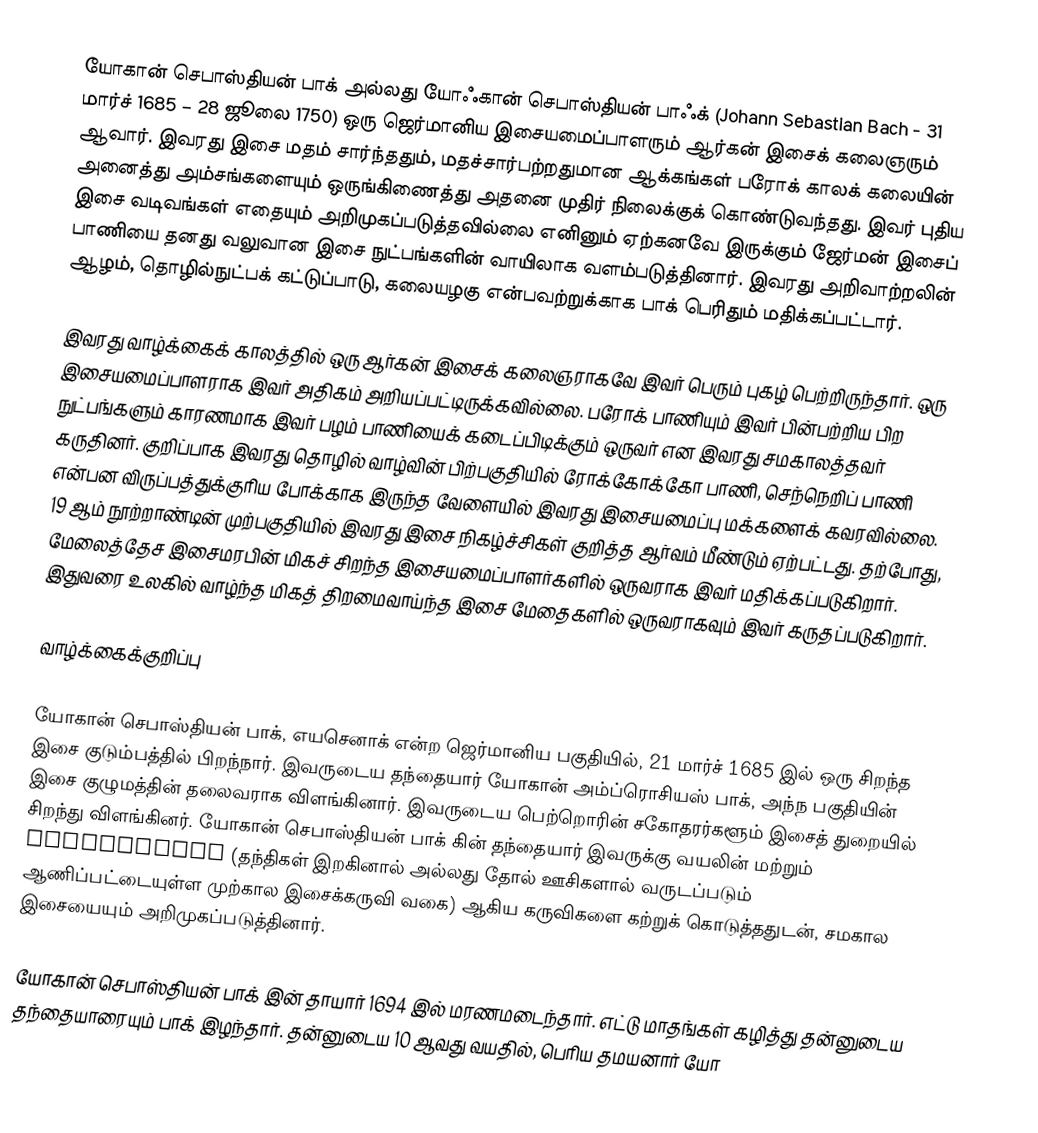
யோகான் செபாஸ்தியன் பாக் அல்லது யோஃகான் செபாஸ்தியன் பாஃக் (Johann Sebastian Bach - 31 மார்ச் 1685  – 28 ஜூலை 1750) ஒரு ஜெர்மானிய இசையமைப்பாளரும் ஆர்கன் இசைக் கலைஞரும் ஆவார். இவரது இசை மதம் சார்ந்ததும், மதச்சார்பற்றதுமான ஆக்கங்கள் பரோக் காலக் கலையின் அனைத்து அம்சங்களையும் ஒருங்கிணைத்து அதனை முதிர் நிலைக்குக் கொண்டுவந்தது. இவர் புதிய இசை வடிவங்கள் எதையும் அறிமுகப்படுத்தவில்லை எனினும் ஏற்கனவே இருக்கும் ஜேர்மன் இசைப் பாணியை தனது வலுவான இசை நுட்பங்களின் வாயிலாக வளம்படுத்தினார். இவரது அறிவாற்றலின் ஆழம், தொழில்நுட்பக் கட்டுப்பாடு, கலையழகு என்பவற்றுக்காக பாக் பெரிதும் மதிக்கப்பட்டார்.

இவரது வாழ்க்கைக் காலத்தில் ஒரு ஆர்கன் இசைக் கலைஞராகவே இவர் பெரும் புகழ் பெற்றிருந்தார். ஒரு இசையமைப்பாளராக இவர் அதிகம் அறியப்பட்டிருக்கவில்லை. பரோக் பாணியும் இவர் பின்பற்றிய பிற நுட்பங்களும் காரணமாக இவர் பழம் பாணியைக் கடைப்பிடிக்கும் ஒருவர் என இவரது சமகாலத்தவர் கருதினர். குறிப்பாக இவரது தொழில் வாழ்வின் பிற்பகுதியில் ரோக்கோக்கோ பாணி, செந்நெறிப் பாணி என்பன விருப்பத்துக்குரிய போக்காக இருந்த வேளையில் இவரது இசையமைப்பு மக்களைக் கவரவில்லை. 19 ஆம் நூற்றாண்டின் முற்பகுதியில் இவரது இசை நிகழ்ச்சிகள் குறித்த ஆர்வம் மீண்டும் ஏற்பட்டது. தற்போது, மேலைத்தேச இசைமரபின் மிகச் சிறந்த இசையமைப்பாளர்களில் ஒருவராக இவர் மதிக்கப்படுகிறார். இதுவரை உலகில் வாழ்ந்த மிகத் திறமைவாய்ந்த இசை மேதைகளில் ஒருவராகவும் இவர் கருதப்படுகிறார்.

வாழ்க்கைக்குறிப்பு

யோகான் செபாஸ்தியன் பாக், எயசெனாக் என்ற ஜெர்மானிய பகுதியில், 21 மார்ச் 1685 இல் ஒரு சிறந்த இசை குடும்பத்தில் பிறந்நார். இவருடைய தந்தையார் யோகான் அம்ப்ரொசியஸ் பாக், அந்ந பகுதியின் இசை குழுமத்தின் தலைவராக விளங்கினார். இவருடைய பெற்றொரின் சகோதரர்களூம் இசைத் துறையில் சிறந்து விளங்கினர். யோகான் செபாஸ்தியன் பாக் கின் தந்தையார் இவருக்கு வயலின் மற்றும் harpsichord (தந்திகள் இறகினால் அல்லது தோல் ஊசிகளால் வருடப்படும் ஆணிப்பட்டையுள்ள முற்கால இசைக்கருவி வகை) ஆகிய கருவிகளை கற்றுக் கொடுத்ததுடன், சமகால இசையையும் அறிமுகப்படுத்தினார்.

யோகான் செபாஸ்தியன் பாக் இன் தாயார் 1694 இல் மரணமடைந்தார். எட்டு மாதங்கள் கழித்து தன்னுடைய தந்தையாரையும் பாக் இழந்தார். தன்னுடைய 10 ஆவது வயதில், பெரிய தமயனார் யோ